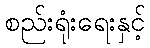
စည်းရုံးရေးနှင့်